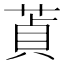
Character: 𦵄